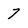
Character: 7